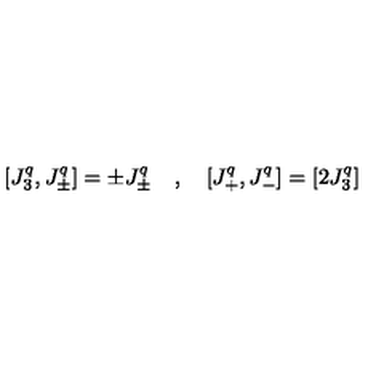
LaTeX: [ J _ { 3 } ^ { q } , J _ { \pm } ^ { q } ] = \pm J _ { \pm } ^ { q } \quad , \quad [ J _ { + } ^ { q } , J _ { - } ^ { q } ] = [ 2 J _ { 3 } ^ { q } ]